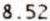
8.52